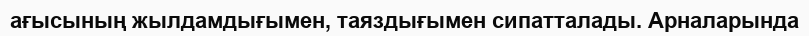
ағысының жылдамдығымен, таяздығымен сипатталады. Арналарында